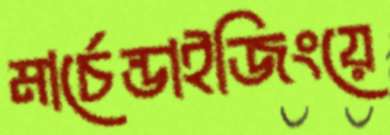
মার্চেন্ডাইজিংয়ে